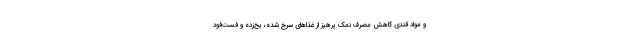
و مواد قندی کاهش مصرف نمک پرهیز از غذا‌های سرخ شده، یخ‌زده و فست‌فود